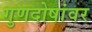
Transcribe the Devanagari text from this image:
गुणदोषांवर